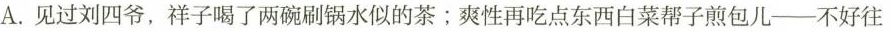
A.见过刘四爷，祥子喝了两碗刷锅水似的茶；爽性再吃点东西白菜帮子煎包儿-——不好往